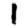
Digit: 1